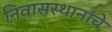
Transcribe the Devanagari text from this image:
निवासस्थानांचे